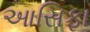
આસિફા